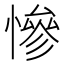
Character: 慘